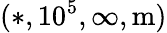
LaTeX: (*,10^{5},\infty,\mathrm{m})